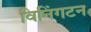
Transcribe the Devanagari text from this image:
विनिंगटन